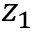
z _ { 1 }